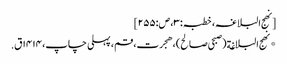
[نھج البلاغہ، خطبہ:۳، ص:۲۵۵]
*نهج البلاغة(صبحی صالح)، هجرت، قم، پہلی چاپ، ۱۴۱۴ق.